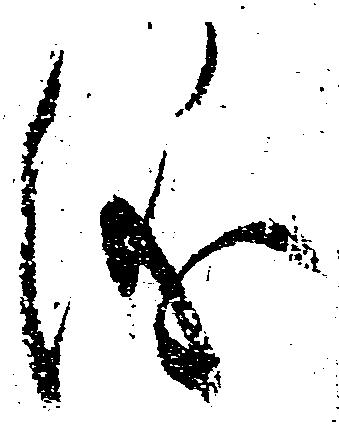
儀